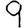
Digit: 9